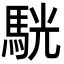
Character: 駫